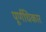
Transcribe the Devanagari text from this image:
पूर्णधिकार